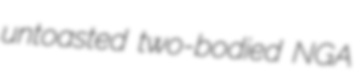
untoasted two-bodied NGA